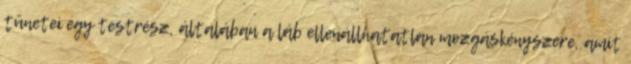
tünetei egy testrész, általában a láb ellenállhatatlan mozgáskényszere, amit